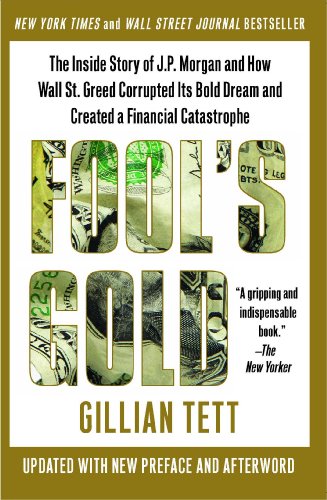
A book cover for Fool's Gold: The Inside Story of J.P. Morgan and How Wall St. Greed Corrupted Its Bold Dream and Created a Financial Catastrophe; Gillian Tett; Business & Money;